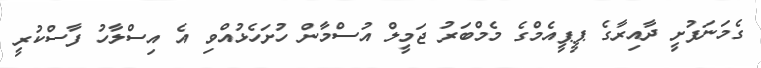
ގެމަނަފުށީ ދާއިރާގެ ޕީޕީއެމްގެ މެމްބަރު ޖަމީލް އުސްމާން ހުށަހެޅުއްވި އެ އިސްލާހު ފާސްކުރީ